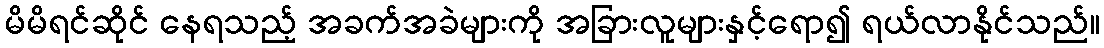
မိမိရင်ဆိုင် နေရသည့် အခက်အခဲများကို အခြားလူများနှင့်ရော၍ ရယ်လာနိုင်သည်။